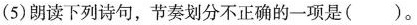
(5)朗读下列诗句，节奏划分不正确的一项是（ ）。